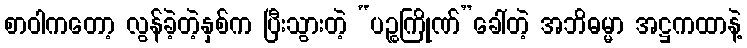
စာဝါကတော့ လွန်ခဲ့တဲ့နှစ်က ပြီးသွားတဲ့ “ပဉ္စကြိုဏ်”ခေါ်တဲ့ အဘိဓမ္မာ အဋ္ဌကထာနဲ့